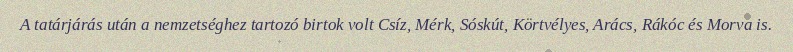
A tatárjárás után a nemzetséghez tartozó birtok volt Csíz, Mérk, Sóskút, Körtvélyes, Arács, Rákóc és Morva is.